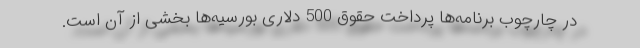
در چارچوب برنامه‌ها پرداخت حقوق 500 دلاری بورسیه‌ها بخشی از آن است.